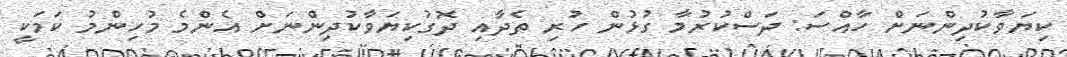
ކިޔަވާކުދިންނަށް ހާއްސަ: ދަސްކުރުމާ ގުޅުން ހުރި ތެދާއި ދޮގުކިޔަވާކުދިންނަށް އެންމެ މުހިންމު ކަމަކީ